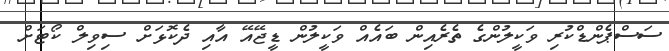
ސަސްޕެންޑްކުރި ވަކީލުންގެ ތެރެއިން ބައެއް ވަކީލުން ޑީޖޭއޭ އާއި ދެކޮޅަށް ސިވިލް ކޯޓަށް